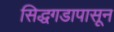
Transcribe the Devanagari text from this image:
सिद्धगडापासून